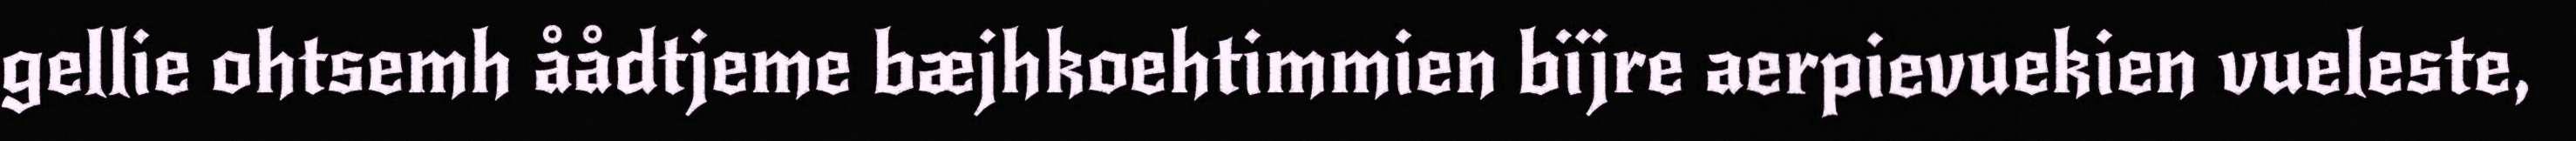
gellie ohtsemh åådtjeme bæjhkoehtimmien bïjre aerpievuekien vueleste,